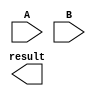
module CarrySaveMultiplier(
    input [3:0] A, 
    input [3:0] B, 
    output [7:0] result
);

reg [7:0] product;
reg [15:0] partial_product;
reg [3:0] final_result;

// Generate partial products
always @* begin
    partial_product = {A, B};
end

// Accumulate partial products using carry-save adders
always @* begin
    product = partial_product[0] + partial_product[1];
end

assign final_result = product[3:0];

endmodule